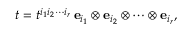
t = t ^ { i _ { 1 } i _ { 2 } \cdots i _ { r } } \, { \mathbf { e } } _ { i _ { 1 } } \otimes { \mathbf { e } } _ { i _ { 2 } } \otimes \cdots \otimes { \mathbf { e } } _ { i _ { r } } ,